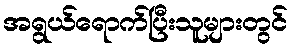
အရွယ်ရောက်ပြီးသူများတွင်